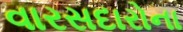
વારસદારોના